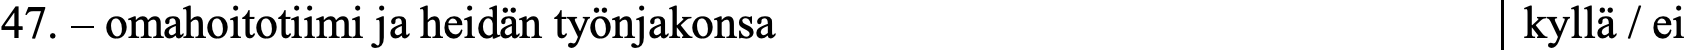
47. – omahoitotiimi ja heidän työnjakonsa         kyllä / ei